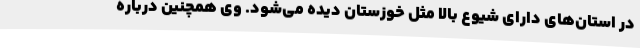
در استان‌های دارای شیوع بالا مثل خوزستان دیده می‌شود. وی همچنین درباره